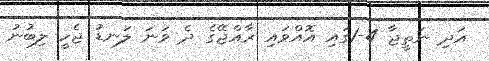
އަދި ނަތީޖާ 4-1ގައި އޮއްވައި ރާއްޖޭގެ ދެ ވަނަ ލަނޑު ޖެހީ ލިބުނު